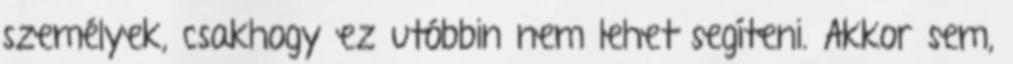
személyek, csakhogy ez utóbbin nem lehet segíteni. Akkor sem,